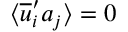
\langle \overline { { u } } _ { i } ^ { \prime } a _ { j } \rangle = 0